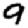
Digit: 9